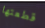
قطعتها